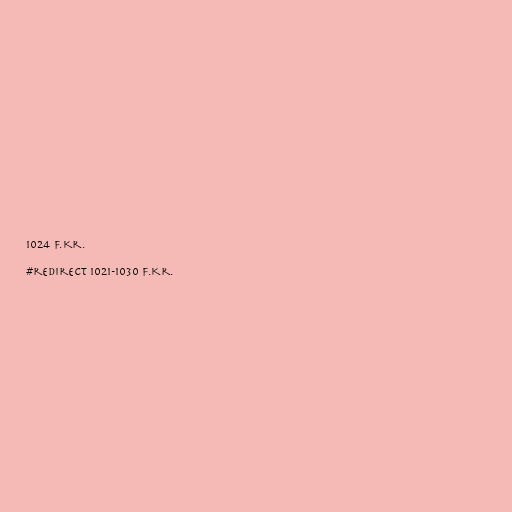
1024 f.Kr.

#redirect 1021-1030 f.Kr.